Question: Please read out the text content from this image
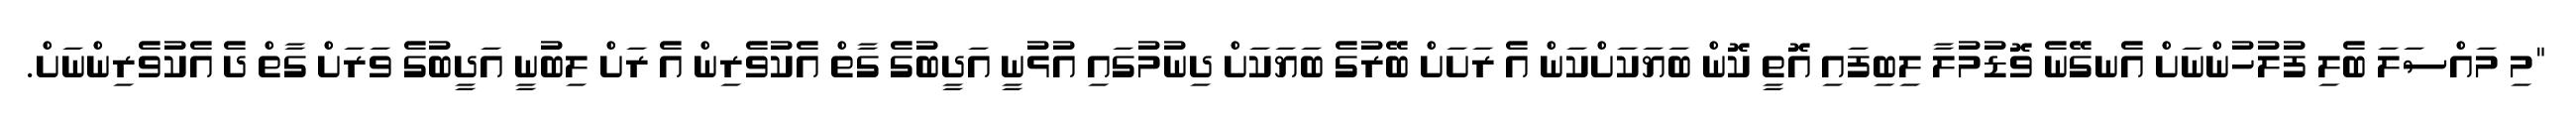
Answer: "މި މައްސަލަ ބެލި ފުލުހުންނަށް އެނގޭނެ ވޮޑުމުލާ ލިބިފައި އޮތީ ކޮން ބަޔަކަށްކަން އެ ރަށަށް ބޭރުގެ ބަޔަކަށް ދިނުމުގައި އުޅުނީ އަދީބުގެ ގާތް އެކުވެރިން އެ ރަށް ލިބުނީ އަދީބުގެ ވަރަށް ގާތް ދެ އެކުވެރިންނަށް.